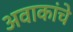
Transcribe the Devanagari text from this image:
अवाकांचे